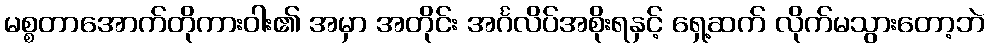
မစ္စတာအောက်တိုကားဝါး၏ အမှာ အတိုင်း အင်္ဂလိပ်အစိုးရနှင့် ရှေ့ဆက် လိုက်မသွားတော့ဘဲ